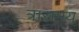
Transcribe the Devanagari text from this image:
त्रासमय